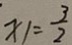
x _ { 1 } = \frac { 3 } { 2 }